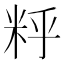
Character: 䉿